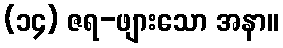
(၁၄) ဇရ-ဖျားသော အနာ။